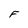
Character: F